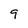
Character: 9